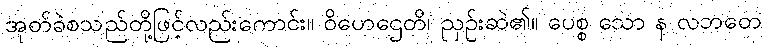
အုတ်ခဲစသည်တို့ဖြင့်လည်းကောင်း။ ဝိဟေဌေတိ၊ ညှဉ်းဆဲ၏။ ပေစ္စ သော န လဘတေ